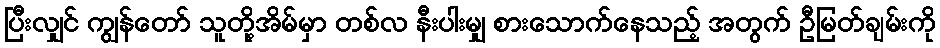
ပြီးလျှင် ကျွန်တော် သူတို့အိမ်မှာ တစ်လ နီးပါးမျှ စားသောက်နေသည့် အတွက် ဦမြတ်ချမ်းကို